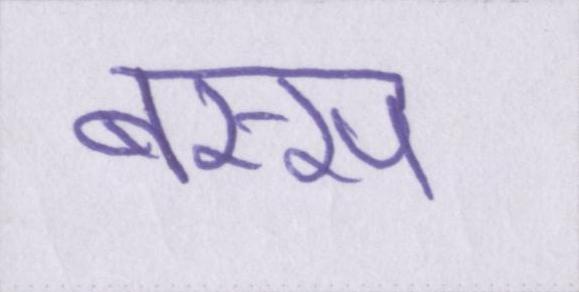
बस्स